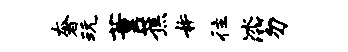
奢玩董蕉#往冰笏